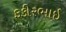
ફકીરભાઈ